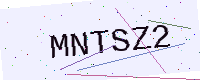
Text: MNTSZ2